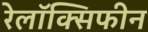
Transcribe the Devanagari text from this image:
रेलॉक्सिफीन